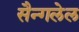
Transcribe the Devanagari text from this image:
सैन्गलेल